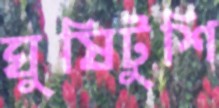
ঘুষিটুশি